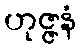
ဟုဇ္ဇနံ